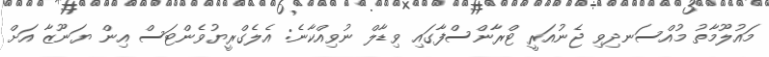
މައުލޫމާތު މުއްސަނދިވި ޖެނުއަރީ ޓްރާންސްފާގައި ވިޑާލް ނުވިއްކާނެ: އެލެގްރީޔުވެންޓަސް އިން ޔަނޫޒާ އަށް